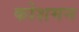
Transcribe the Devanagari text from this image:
कोशमन